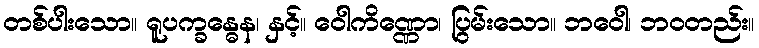
တစ်ပါးသော။ ရူပက္ခန္ဓေန၊ နှင့်။ ဝေါကိဏ္ဏော၊ ပြွမ်းသော။ ဘဝေါ၊ ဘဝတည်း။